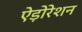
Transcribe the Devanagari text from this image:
ऐड़ोरेशन